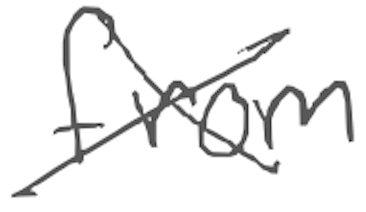
Text: from
Cross-out: cross
Writing tool: digital_gray